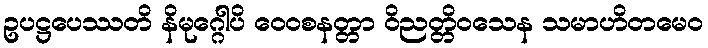
ဥပဋ္ဌပေဿတိ နိမုဂ္ဂေါပိ ဝေဝစနတ္တာ ဝိညတ္တိဝသေန သမာဟိတမေဝ